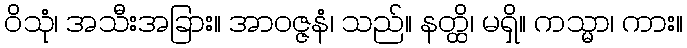
ဝိသုံ၊ အသီးအခြား။ အာဝဇ္ဇနံ၊ သည်။ နတ္ထိ၊ မရှိ။ ကသ္မာ၊ ကား။